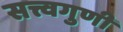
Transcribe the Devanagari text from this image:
सत्त्वगुणी